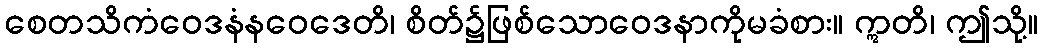
စေတသိကံဝေဒနံနဝေဒေတိ၊ စိတ်၌ဖြစ်သောဝေဒနာကိုမခံစား။ ဣတိ၊ ဤသို့။